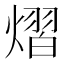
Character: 熠